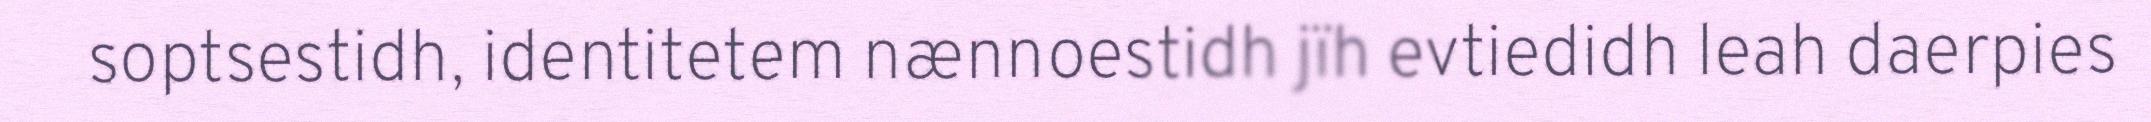
soptsestidh, identitetem nænnoestidh jïh evtiedidh leah daerpies